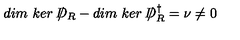
d i m \ k e r \ / \! \! \! \! D _ { R } - d i m \ k e r \ / \! \! \! \! D _ { R } ^ { \dagger } = \nu \neq 0